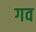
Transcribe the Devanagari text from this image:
गव